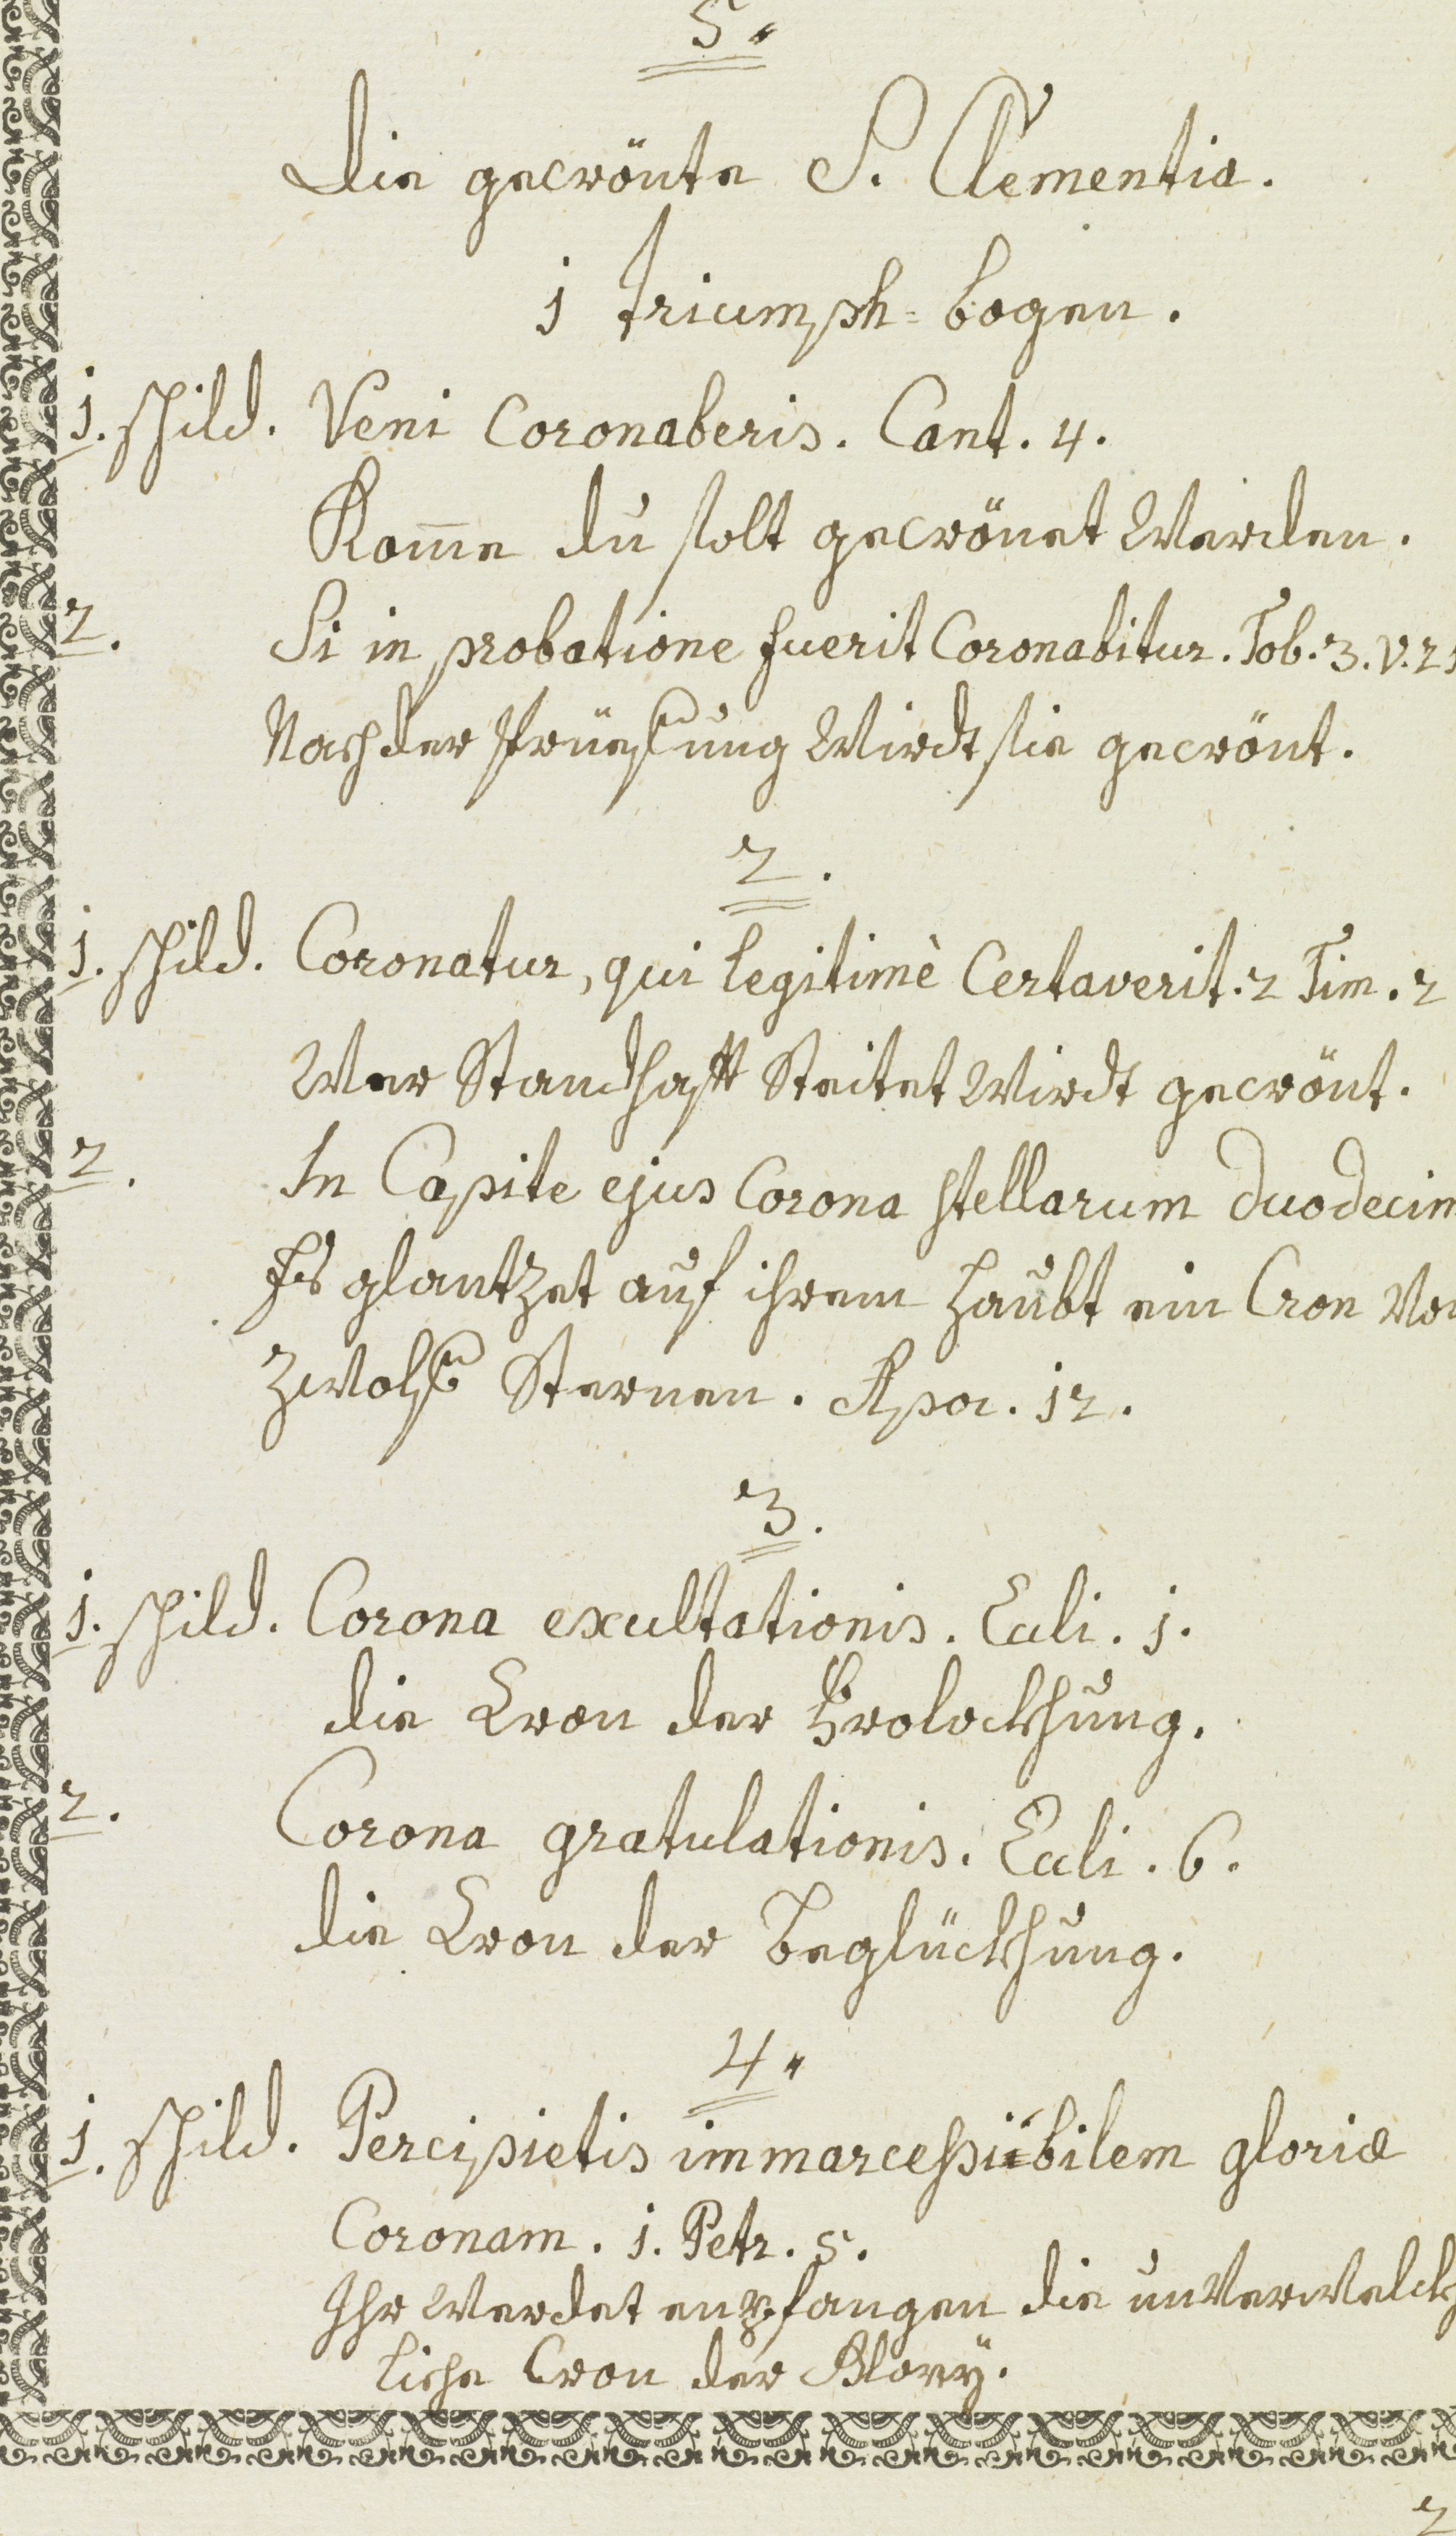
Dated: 1600–1699